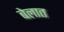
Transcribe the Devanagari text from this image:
बेलात